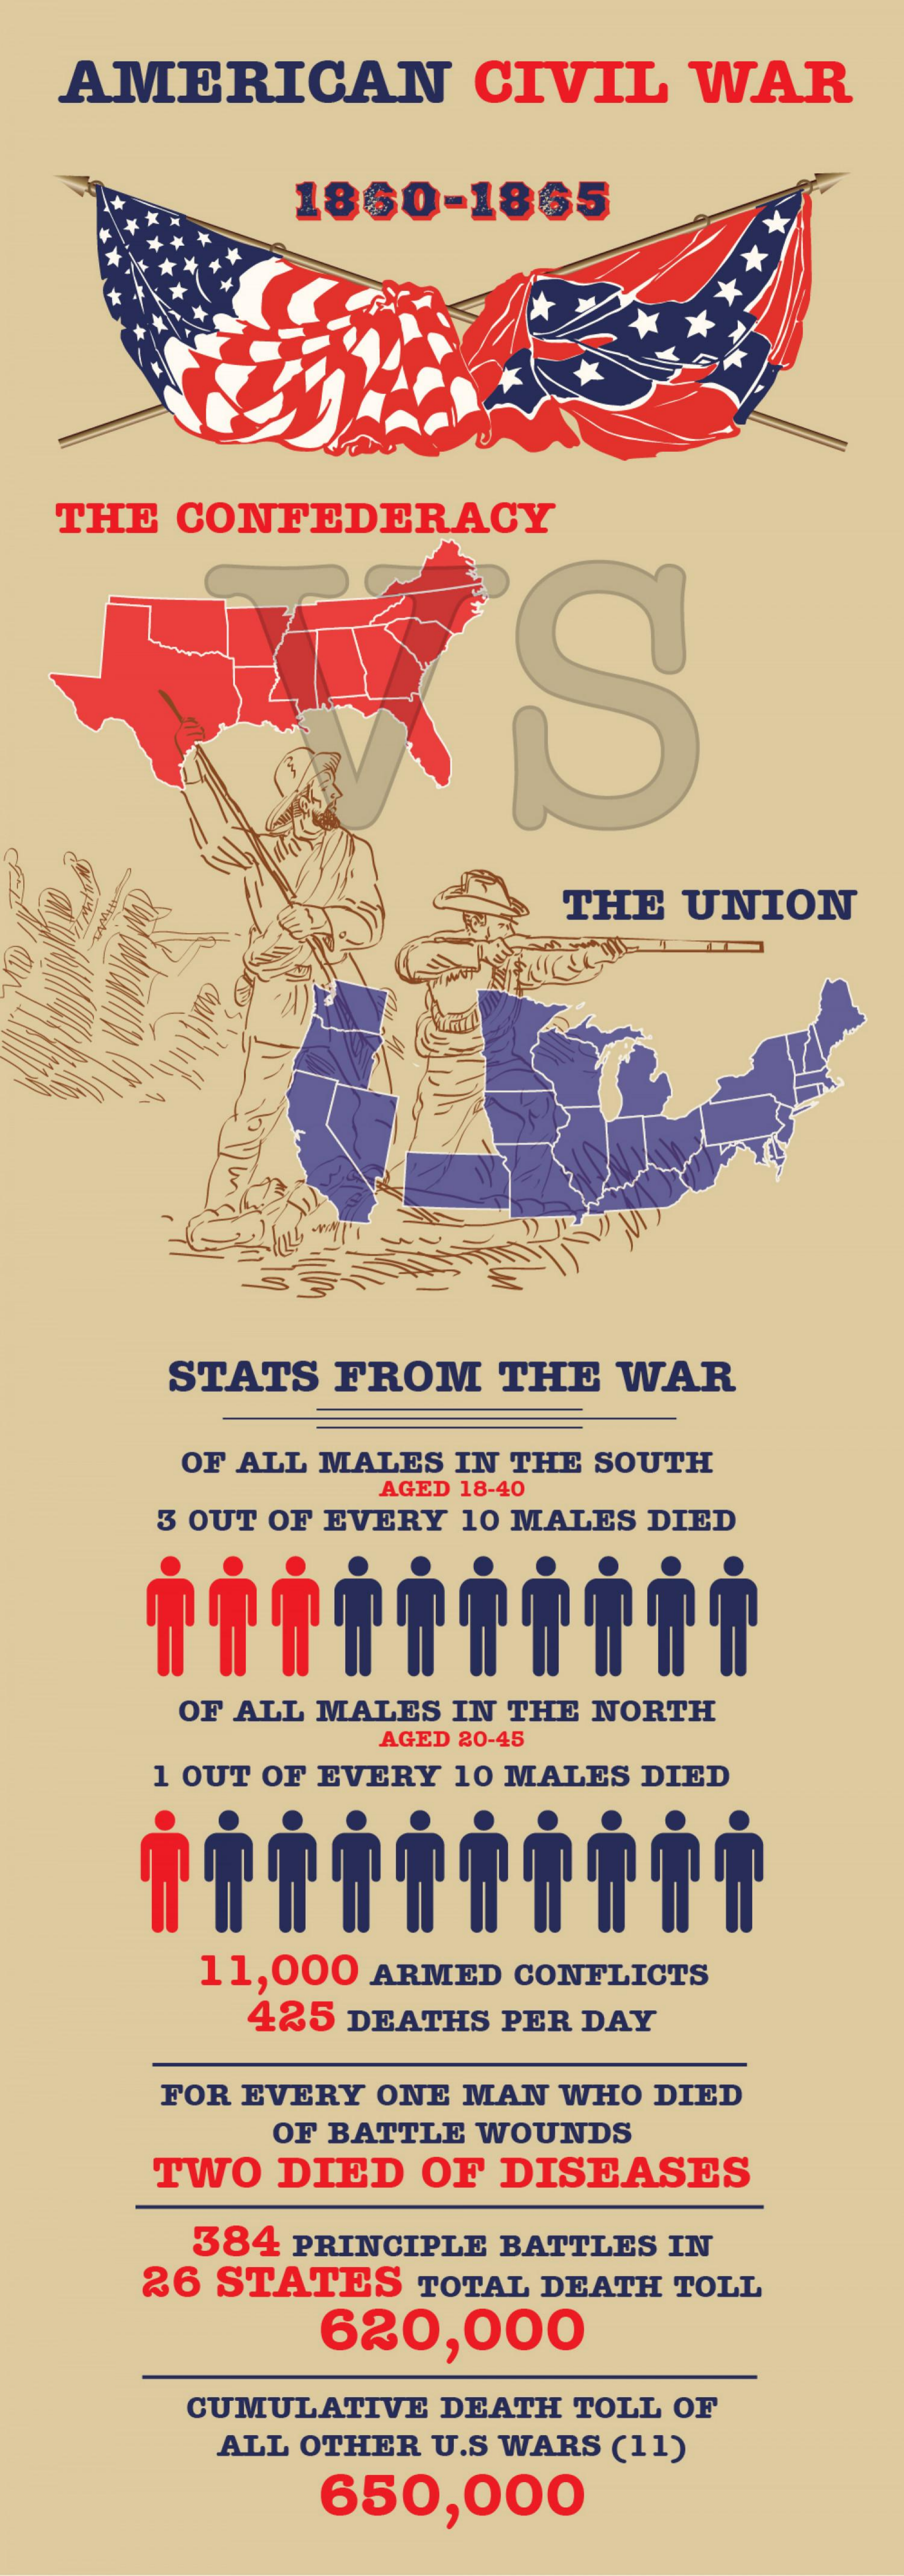
AMERICAN    CIVIL   WAR
     1860-1865
     **
     *
     *
  THE CONFEDERACY
     S
     THE UNION
     STATS FROM  THE WAR
     OF ALL MALES IN THE SOUTH
     AGED 18-40
     3 OUT OF EVERY 10 MALES DIED
     OF ALL MALES IN THE NORTH
     AGED 20-45
     1 OUT OF EVERY 10 MALES DIED
     11,000 ARMED CONFLICTS
     425 DEATHS PER DAY
     FOR EVERY ONE MAN WHO DIED
     OF BATTLE WOUNDS
     TWO DIED OF DISEASES
     384 PRINCIPLE BATTLES IN
     26 STATES TOTAL DEATH TOLL
     620,000
     CUMULATIVE DEATH TOLL OF
     ALL OTHER U.S WARS (11)
     650,000